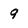
Character: 9